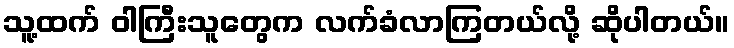
သူ့ထက် ဝါကြီးသူတွေက လက်ခံလာကြတယ်လို့ ဆိုပါတယ်။